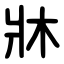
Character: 牀